Medical and sanitary report of the native army of Bengal for the year
Year: 1874
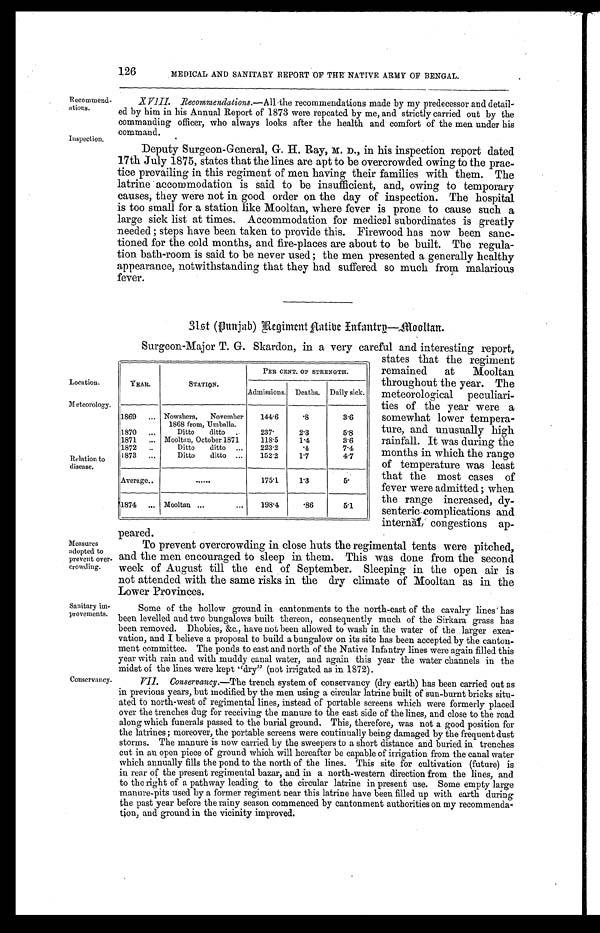
126
MEDICAL AND SANITARY REPORT OF THE NATIVE ARMY OF BENGAL.
Recommend
-ations.
Inspection.
Location.
Meteorology.
Relation to
disease.
Measures
adopted to
prevent over
-
crowding.
Sanitary im
-
provements.
Conservancy.
XVIII. Recommendations.— All the recommendations made by my predecessor and detail
-
ed by him in his Annual Report of 1873 were repeated by me, and strictly carried out by the
commanding officer, who always looks after the health and comfort of the men under his
command.
Deputy Surgeon-General, G. H. Ray, M. D., in his inspection report dated
17th July 1875, states that the lines are apt to be overcrowded owing to the prac
-
tice prevailing in this regiment of men having their families with them. The
latrine accommodation is said to be insufficient, and, owing to temporary
causes, they were not in good order on the day of inspection. The hospital
is too small for a station like Mooltan, where fever is prone to cause such a
large sick list at times. Accommodation for medical subordinates is greatly
needed ; steps have been taken to provide this. Firewood has now been sanc
-
tioned for the cold months, and fire-places are about to be built. The regula
-
tion bath-room is said to be never used ; the men presented a generally healthy
appearance, notwithstanding that they had suffered so much from malarious
fever.
31st (Punjab) Regiment Aatibe Infantry—Mooltan.
Surgeon-Major T. G. Skardon, in a very careful and interesting report,
states that the regiment
remained at Mooltan
throughout the year. The
meteorological peculiari
-
ties of the year were a
somewhat lower tempera
-
ture, and unusually high
rainfall. It was during the
months in which the range
of temperature was least
that the most cases of
fever were admitted; when
the range increased, dy
-
senteric complications and
internal congestions ap
-
peared.
To prevent overcrowding in close huts the regimental tents were pitched,
and the men encouraged to sleep in them. This was done from the second
week of August till the end of September. Sleeping in the open air is
not attended with the same risks in the dry climate of Mooltan as in the
Lower Provinces.
Some of the hollow ground in cantonments to the north-east of the cavalry lines has
been levelled and two bungalows built thereon, consequently much of the Sirkara grass has
been removed. Dhobies, &c., have not been allowed to wash in the water of the larger exca
-
vation, and I believe a proposal to build a bungalow on its site has been accepted by the canton
-
ment committee. The ponds to east and north of the Native Infantry lines were again filled this
year with rain and with muddy canal water, and again this year the water channels in the
midst of the lines were kept "dry" (not irrigated as in 1872).
VII. Conservancy.— The trench system of conservancy (dry earth) has been carried out as
in previous years, but modified by the men using a circular latrine built of sun-burnt bricks situ
-
ated to north-west of regimental lines, instead of portable screens which were formerly placed
over the trenches dug for receiving the manure to the east side of the lines, and close to the road
along which funerals passed to the burial ground, This, therefore, was not a good position for
the latrines ; moreover, the portable screens were continually being damaged by the frequent dust
storms. The manure is now carried by the sweepers to a short distance and buried in trenches
cut in an open piece of ground which will hereafter be capable of irrigation from the canal water
which annually fills the pond to the north of the lines. This site for cultivation (future) is
in rear of the present regimental bazar, and in a north-western direction from the lines, and
to the right of a pathway leading to the circular latrine in present use. Some empty large
manure-pits used by a former regiment near this latrine have been filled up with earth during
the past year before the rainy season commenced by cantonment authorities on my recommenda
-
tion, and ground in the vicinity improved.
YEAR.
STATION.
PER CENT OF STRENGTH.
Admissions. Deaths. Daily sick.
1869 . . . Nowshera, November
1868 from, Umballa.
144.6
.8
3.6
1870 . . .
Ditto ditto . . .
237.
2.3
5.8
1871 . . . Mooltan, October 1871.
118.5
1.4
3.6
1872 . . .
Ditto ditto . . .
223.2
.4
7.4
1873 . . .
Ditto ditto . . .
152.2
1.7
4.7
Average . . .
. . .
175.1
1.3
5.
1874 . . . Mooltan . . .
198.4
.86
5.1